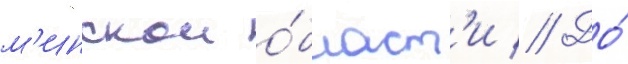
м'инскои о́бласт'и // До́